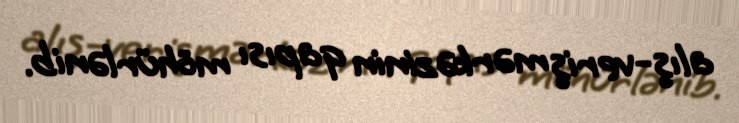
alış-veriş mərkəzinin qapısı möhürlənib.